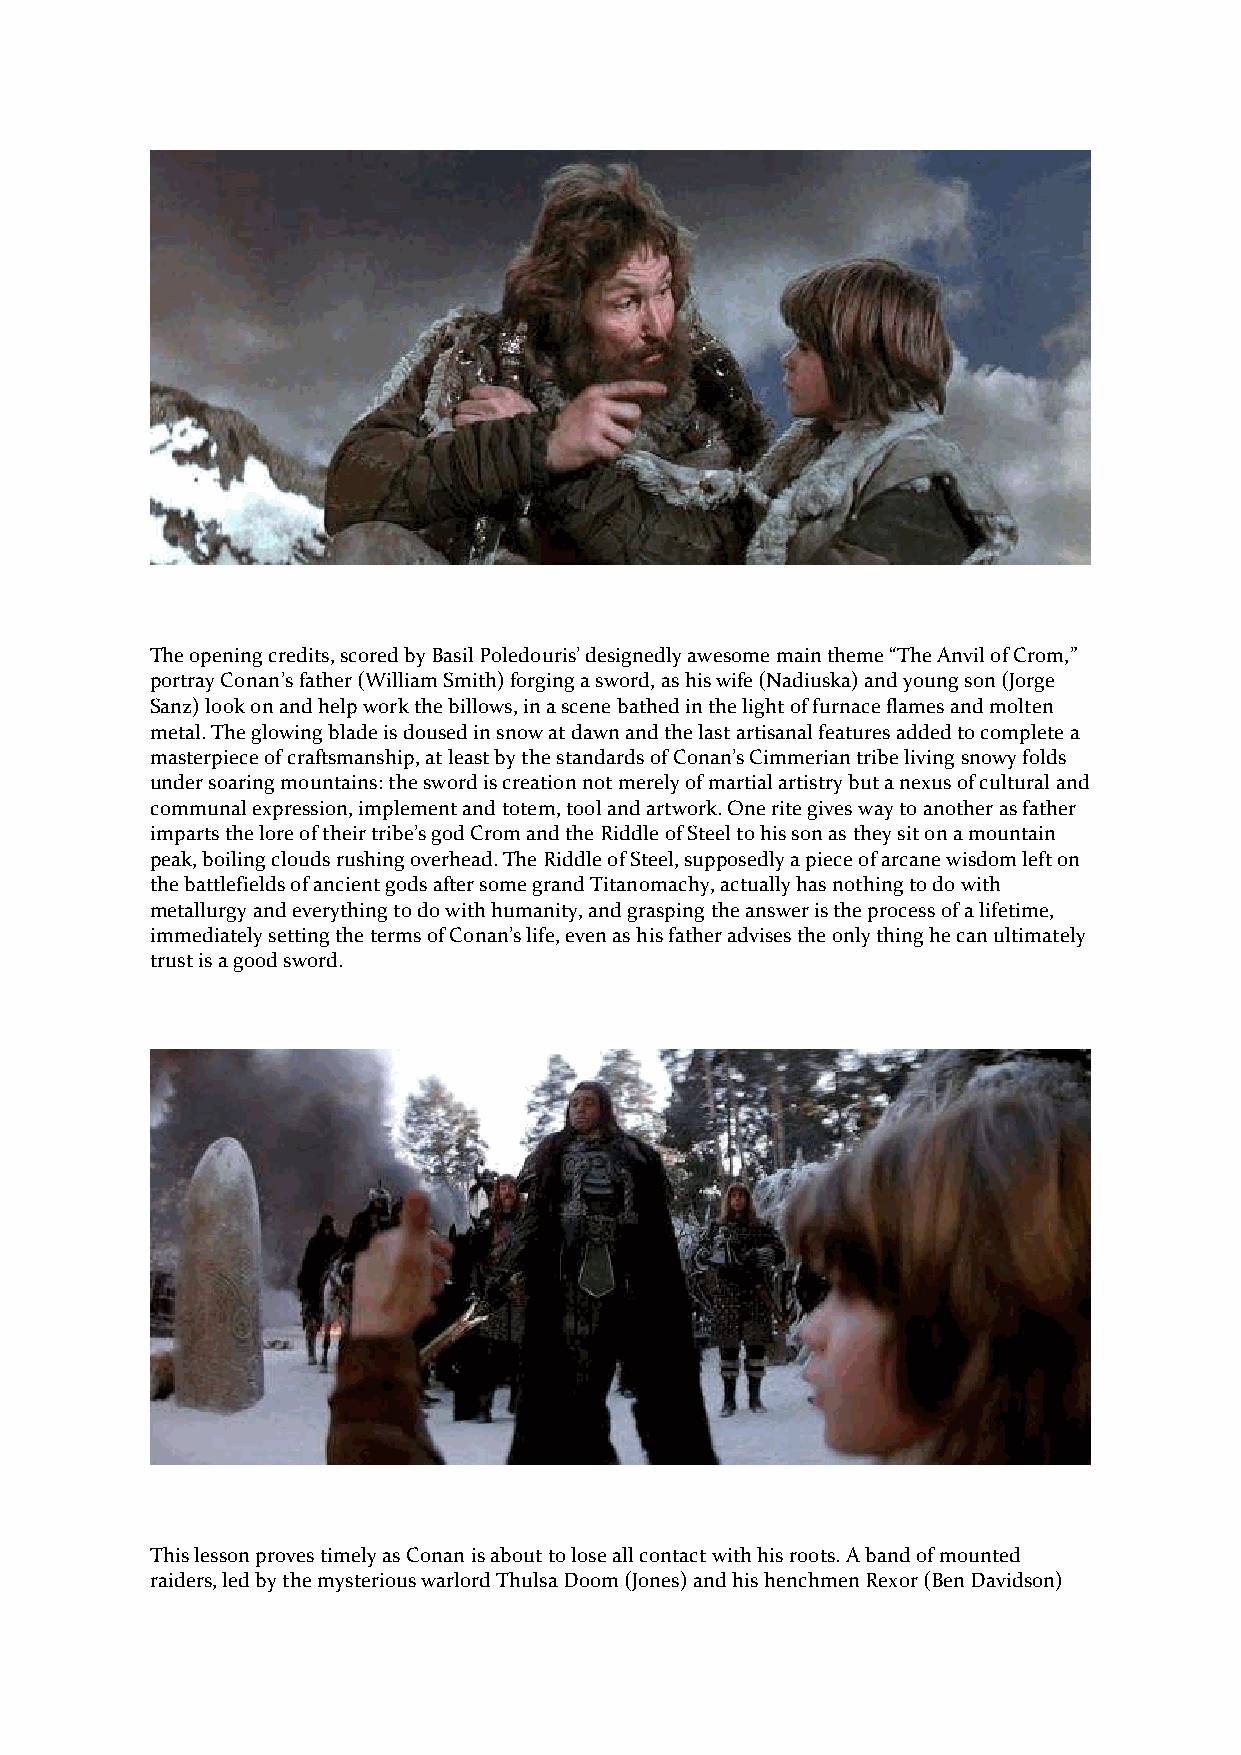
The opening credits, scored by Basil Poledouris’ designedly awesome main theme “The Anvil of Crom,”
 portray Conan’s father (William Smith) forging a sword, as his wife (Nadiuska) and young son (Jorge
 Sanz) look on and help work the billows, in a scene bathed in the light of furnace flames and molten
 metal. The glowing blade is doused in snow at dawn and the last artisanal features added to complete a
 masterpiece of craftsmanship, at least by the standards of Conan’s Cimmerian tribe living snowy folds
 under soaring mountains: the sword is creation not merely of martial artistry but a nexus of cultural and
 communal expression, implement and totem, tool and artwork. One rite gives way to another as father
 imparts the lore of their tribe’s god Crom and the Riddle of Steel to his son as they sit on a mountain
 peak, boiling clouds rushing overhead. The Riddle of Steel, supposedly a piece of arcane wisdom left on
 the battlefields of ancient gods after some grand Titanomachy, actually has nothing to do with
 metallurgy and everything to do with humanity, and grasping the answer is the process of a lifetime,
 immediately setting the terms of Conan’s life, even as his father advises the only thing he can ultimately
 trust is a good sword.
 This lesson proves timely as Conan is about to lose all contact with his roots. A band of mounted
 raiders, led by the mysterious warlord Thulsa Doom (Jones) and his henchmen Rexor (Ben Davidson)